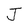
Character: J